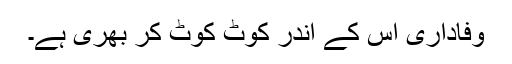
وفاداری اس کے اندر کوٹ کوٹ کر بھری ہے۔